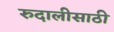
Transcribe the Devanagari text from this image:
रुदालीसाठी